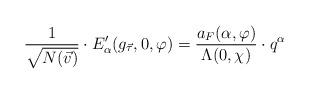
LaTeX: \begin{align*}\frac{1 }{ \sqrt{ N( \vec{v} ) } }\cdot E_\alpha'( g_{\vec{\tau}} , 0 ,\varphi) = \frac{ a_F( \alpha , \varphi) }{ \Lambda( 0 , \chi ) } \cdot q^\alpha\end{align*}